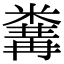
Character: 𥻰